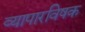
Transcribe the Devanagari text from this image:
व्यापारविषक